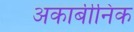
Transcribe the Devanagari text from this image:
अकार्बीनिक